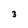
Character: 3